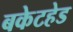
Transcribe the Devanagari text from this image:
बकेटहेड